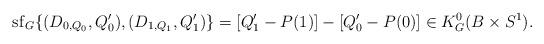
LaTeX: \begin{align*}\mathrm{sf}_G\{(D_{0,Q_0}, Q_0'), (D_{1,Q_1}, Q_1')\}=[Q_1'-P(1)]-[Q_0'-P(0)]\in K_G^0(B\times S^1).\end{align*}